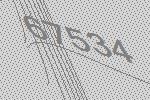
67534